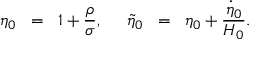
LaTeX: \eta _ { 0 } \; \; = \; \; 1 + \frac { \rho } { \sigma } , \; \; \; \; \; \tilde { \eta } _ { 0 } \; \; = \; \; \eta _ { 0 } + \frac { \dot { \eta } _ { 0 } } { H _ { 0 } } .